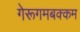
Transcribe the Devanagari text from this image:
गेरूगमबक्कम